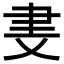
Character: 𬚪